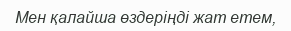
Мен қалайша өздеріңді жат етем,